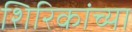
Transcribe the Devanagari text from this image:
शिरिकांच्या